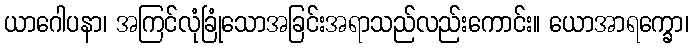
ယာဂေါပနာ၊ အကြင်လုံခြုံသောအခြင်းအရာသည်လည်းကောင်း။ ယောအာရက္ခော၊